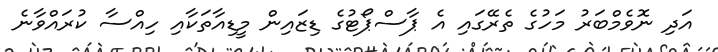
އަދި ނޮވެމްބަރު މަހުގެ ތެރޭގައި އެ ޕާސްޕޯޓުގެ ޑިޒައިން މީޑިއާތަކާއި ހިއްސާ ކުރައްވާނެ